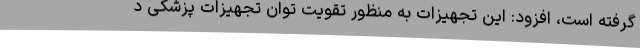
گرفته است، افزود: این تجهیزات به منظور تقویت توان تجهیزات پزشکی د